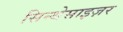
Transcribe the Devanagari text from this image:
सिन्थेसाइज़र